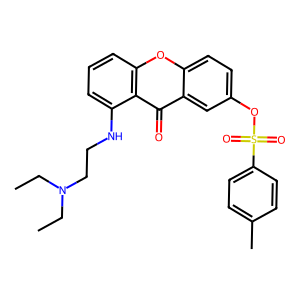
SMILES: CCN(CC)CCNc1cccc2oc3ccc(OS(=O)(=O)c4ccc(C)cc4)cc3c(=O)c12
Inhibits HIV replication: No